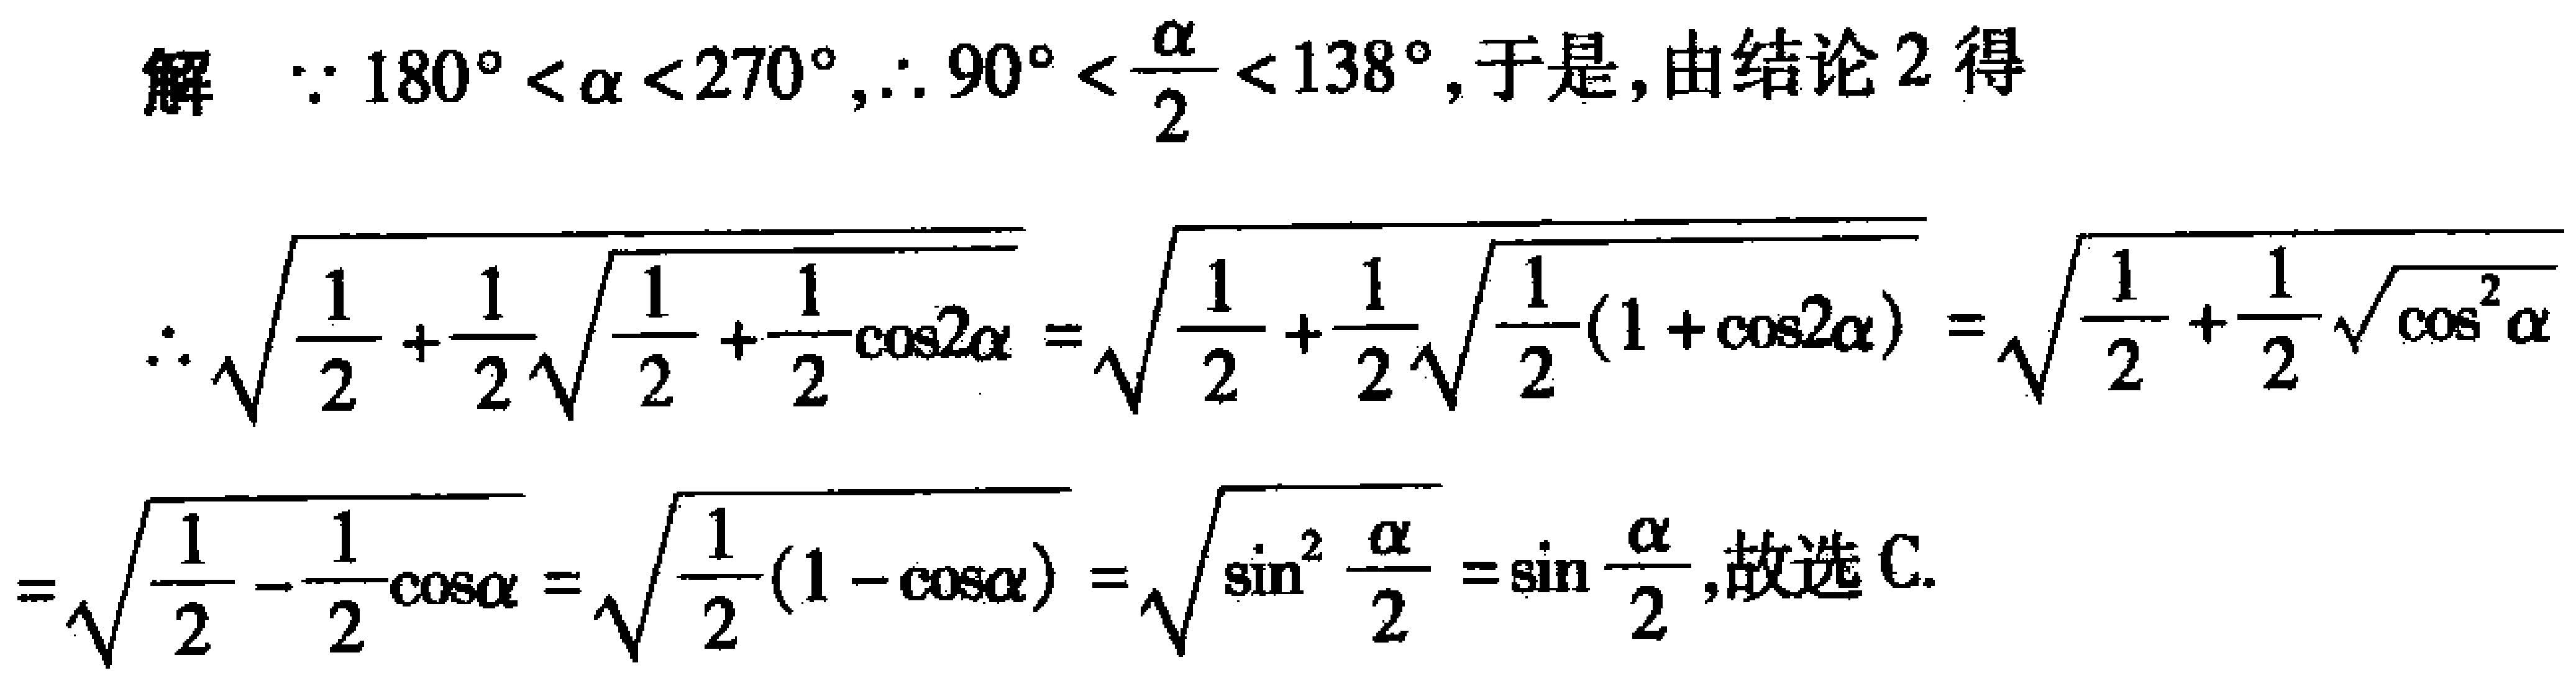
解：\(\because 180^{\circ}<\alpha<270^{\circ},\therefore 90^{\circ}<\frac{\alpha}{2}<138^{\circ}\)，于是，由结论2得
\(\therefore\sqrt{\frac{1}{2}+\frac{1}{2}\sqrt{\frac{1}{2}+\frac{1}{2}\cos2\alpha}}=\sqrt{\frac{1}{2}+\frac{1}{2}\sqrt{\frac{1}{2}(1 + \cos2\alpha)}}=\sqrt{\frac{1}{2}+\frac{1}{2}\sqrt{\cos^{2}\alpha}}\)
\(=\sqrt{\frac{1}{2}-\frac{1}{2}\cos\alpha}=\sqrt{\frac{1}{2}(1 - \cos\alpha)}=\sqrt{\sin^{2}\frac{\alpha}{2}}=\sin\frac{\alpha}{2}\)，故选C.